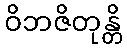
ဝိဘဇိတုန္တိ